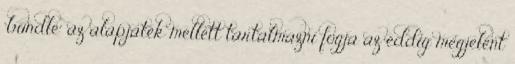
"bundle" az alapjáték mellett tartalmazni fogja az eddig megjelent